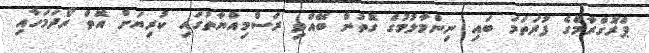
ޕްރޮގްރާމްގެ ފުރަތަމަ ބައި ނިންމާލުމުގެ ގޮތުން ބޭއްވި ރަސްމިއްޔާތުގައި ކުރިޔަށް އޮތް ރޯދަމަހާއި